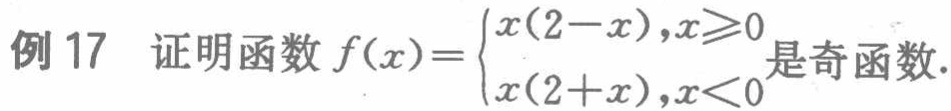
例 17 证明函数 \(f(x)=\begin{cases}x(2 - x),&x\geqslant0\\x(2 + x),&x<0\end{cases}\) 是奇函数.